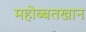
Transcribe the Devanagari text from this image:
महोब्बतखान